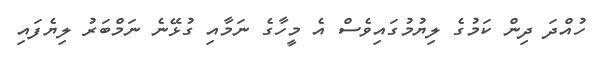
ހުއްދަ ދިން ކަމުގެ ލިޔުމުގައިވެސް އެ މީހާގެ ނަމާއި ގުޅޭނެ ނަމްބަރު ލިޔެފައި